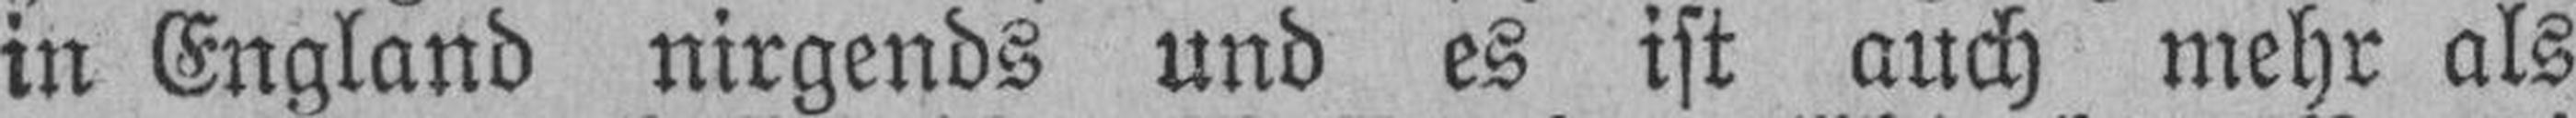
in England nirgends und es ist auch mehr als